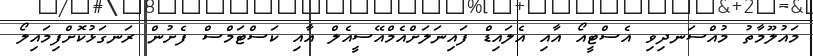
މައުލޫމާތު މުއްސަނދިވި އެސްޓީއޯ އާއި އެލައިޑް ފައިނަލަށްއެމްއޭސީއެލް އާއި ކަސްޓަމްސް ފެށުން ރަނގަޅުކޮށްފިމައިލޯ